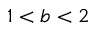
1 < b < 2